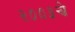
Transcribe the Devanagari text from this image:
२००३चे